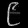
Digit: ၉